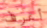
أعرف